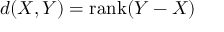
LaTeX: d ( X , Y ) = \mathrm { r a n k } ( Y - X )